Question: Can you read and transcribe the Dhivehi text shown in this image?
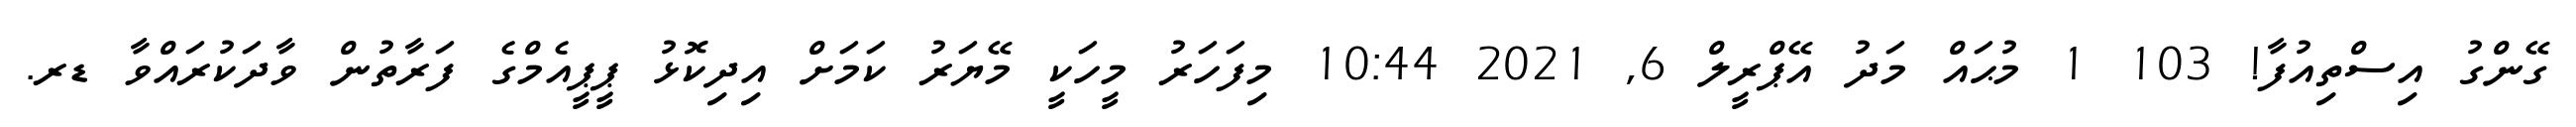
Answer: ގޭންގު އިސްތިއުފާ! 103 1 މުޙައް މަދު އޭޕްރީލް 6, 2021 10:44 މިފަހަރު މީހަކީ މޭޔަރު ކަމަށް އިދިކޮޅު ޕީޕީއެމްގެ ފަރާތުން ވާދަކުރައްވާ ޑރ.